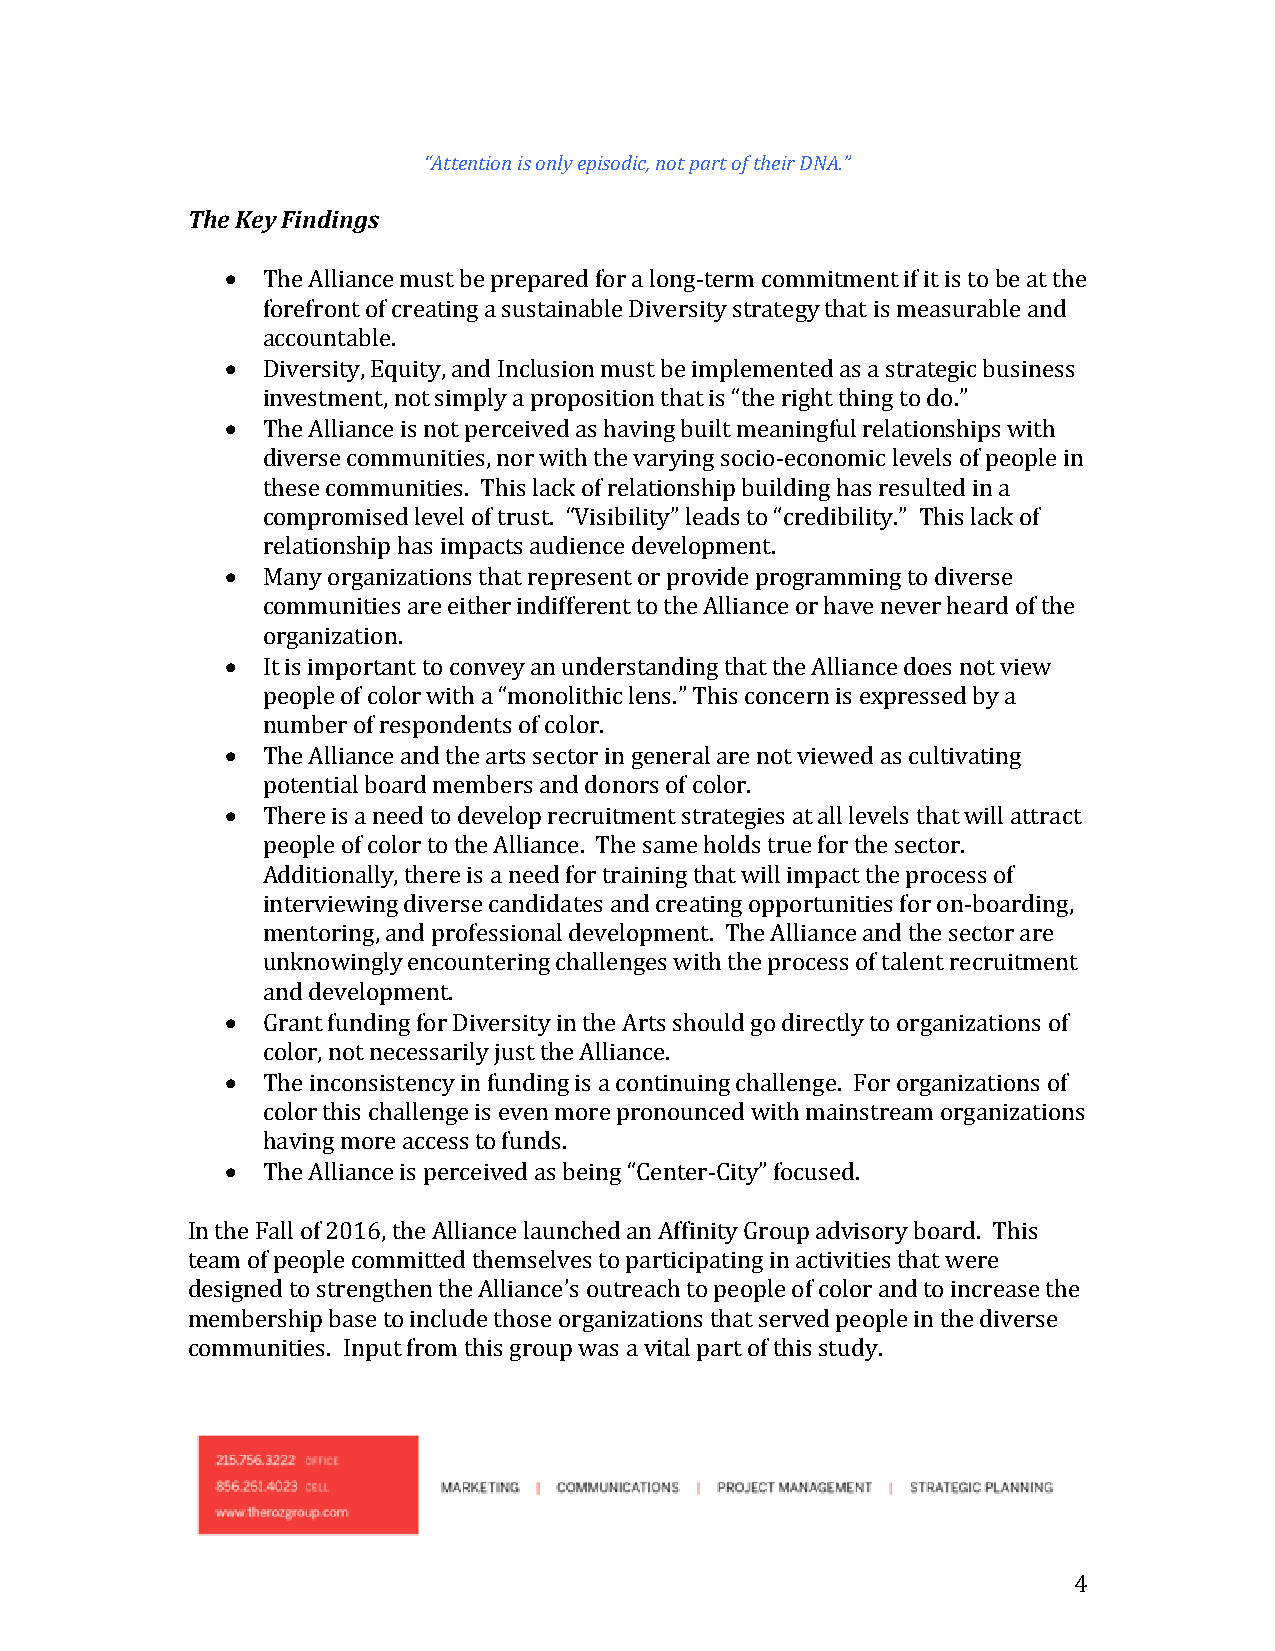
“Attention is only episodic, not part of their DNA.”
 The Key Findings
  The Alliance must be prepared for a long-term commitment if it is to be at the
 forefront of creating a sustainable Diversity strategy that is measurable and
 accountable.
  Diversity, Equity, and Inclusion must be implemented as a strategic business
 investment, not simply a proposition that is “the right thing to do.”
  The Alliance is not perceived as having built meaningful relationships with
 diverse communities, nor with the varying socio-economic levels of people in
 these communities. This lack of relationship building has resulted in a
 compromised level of trust. “Visibility” leads to “credibility.” This lack of
 relationship has impacts audience development.
  Many organizations that represent or provide programming to diverse
 communities are either indifferent to the Alliance or have never heard of the
 organization.
  It is important to convey an understanding that the Alliance does not view
 people of color with a “monolithic lens.” This concern is expressed by a
 number of respondents of color.
  The Alliance and the arts sector in general are not viewed as cultivating
 potential board members and donors of color.
  There is a need to develop recruitment strategies at all levels that will attract
 people of color to the Alliance. The same holds true for the sector.
 Additionally, there is a need for training that will impact the process of
 interviewing diverse candidates and creating opportunities for on-boarding,
 mentoring, and professional development. The Alliance and the sector are
 unknowingly encountering challenges with the process of talent recruitment
 and development.
  Grant funding for Diversity in the Arts should go directly to organizations of
 color, not necessarily just the Alliance.
  The inconsistency in funding is a continuing challenge. For organizations of
 color this challenge is even more pronounced with mainstream organizations
 having more access to funds.
  The Alliance is perceived as being “Center-City” focused.
 In the Fall of 2016, the Alliance launched an Affinity Group advisory board. This
 team of people committed themselves to participating in activities that were
 designed to strengthen the Alliance’s outreach to people of color and to increase the
 membership base to include those organizations that served people in the diverse
 communities. Input from this group was a vital part of this study.
 4